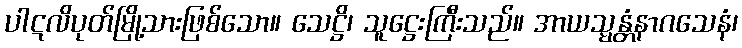
ပါဋလိပုတ်မြို့သားဖြစ်သော။ သေဋ္ဌိ၊ သူဋ္ဌေးကြီးသည်။ အာယသ္မန္တံနာဂသေနံ၊